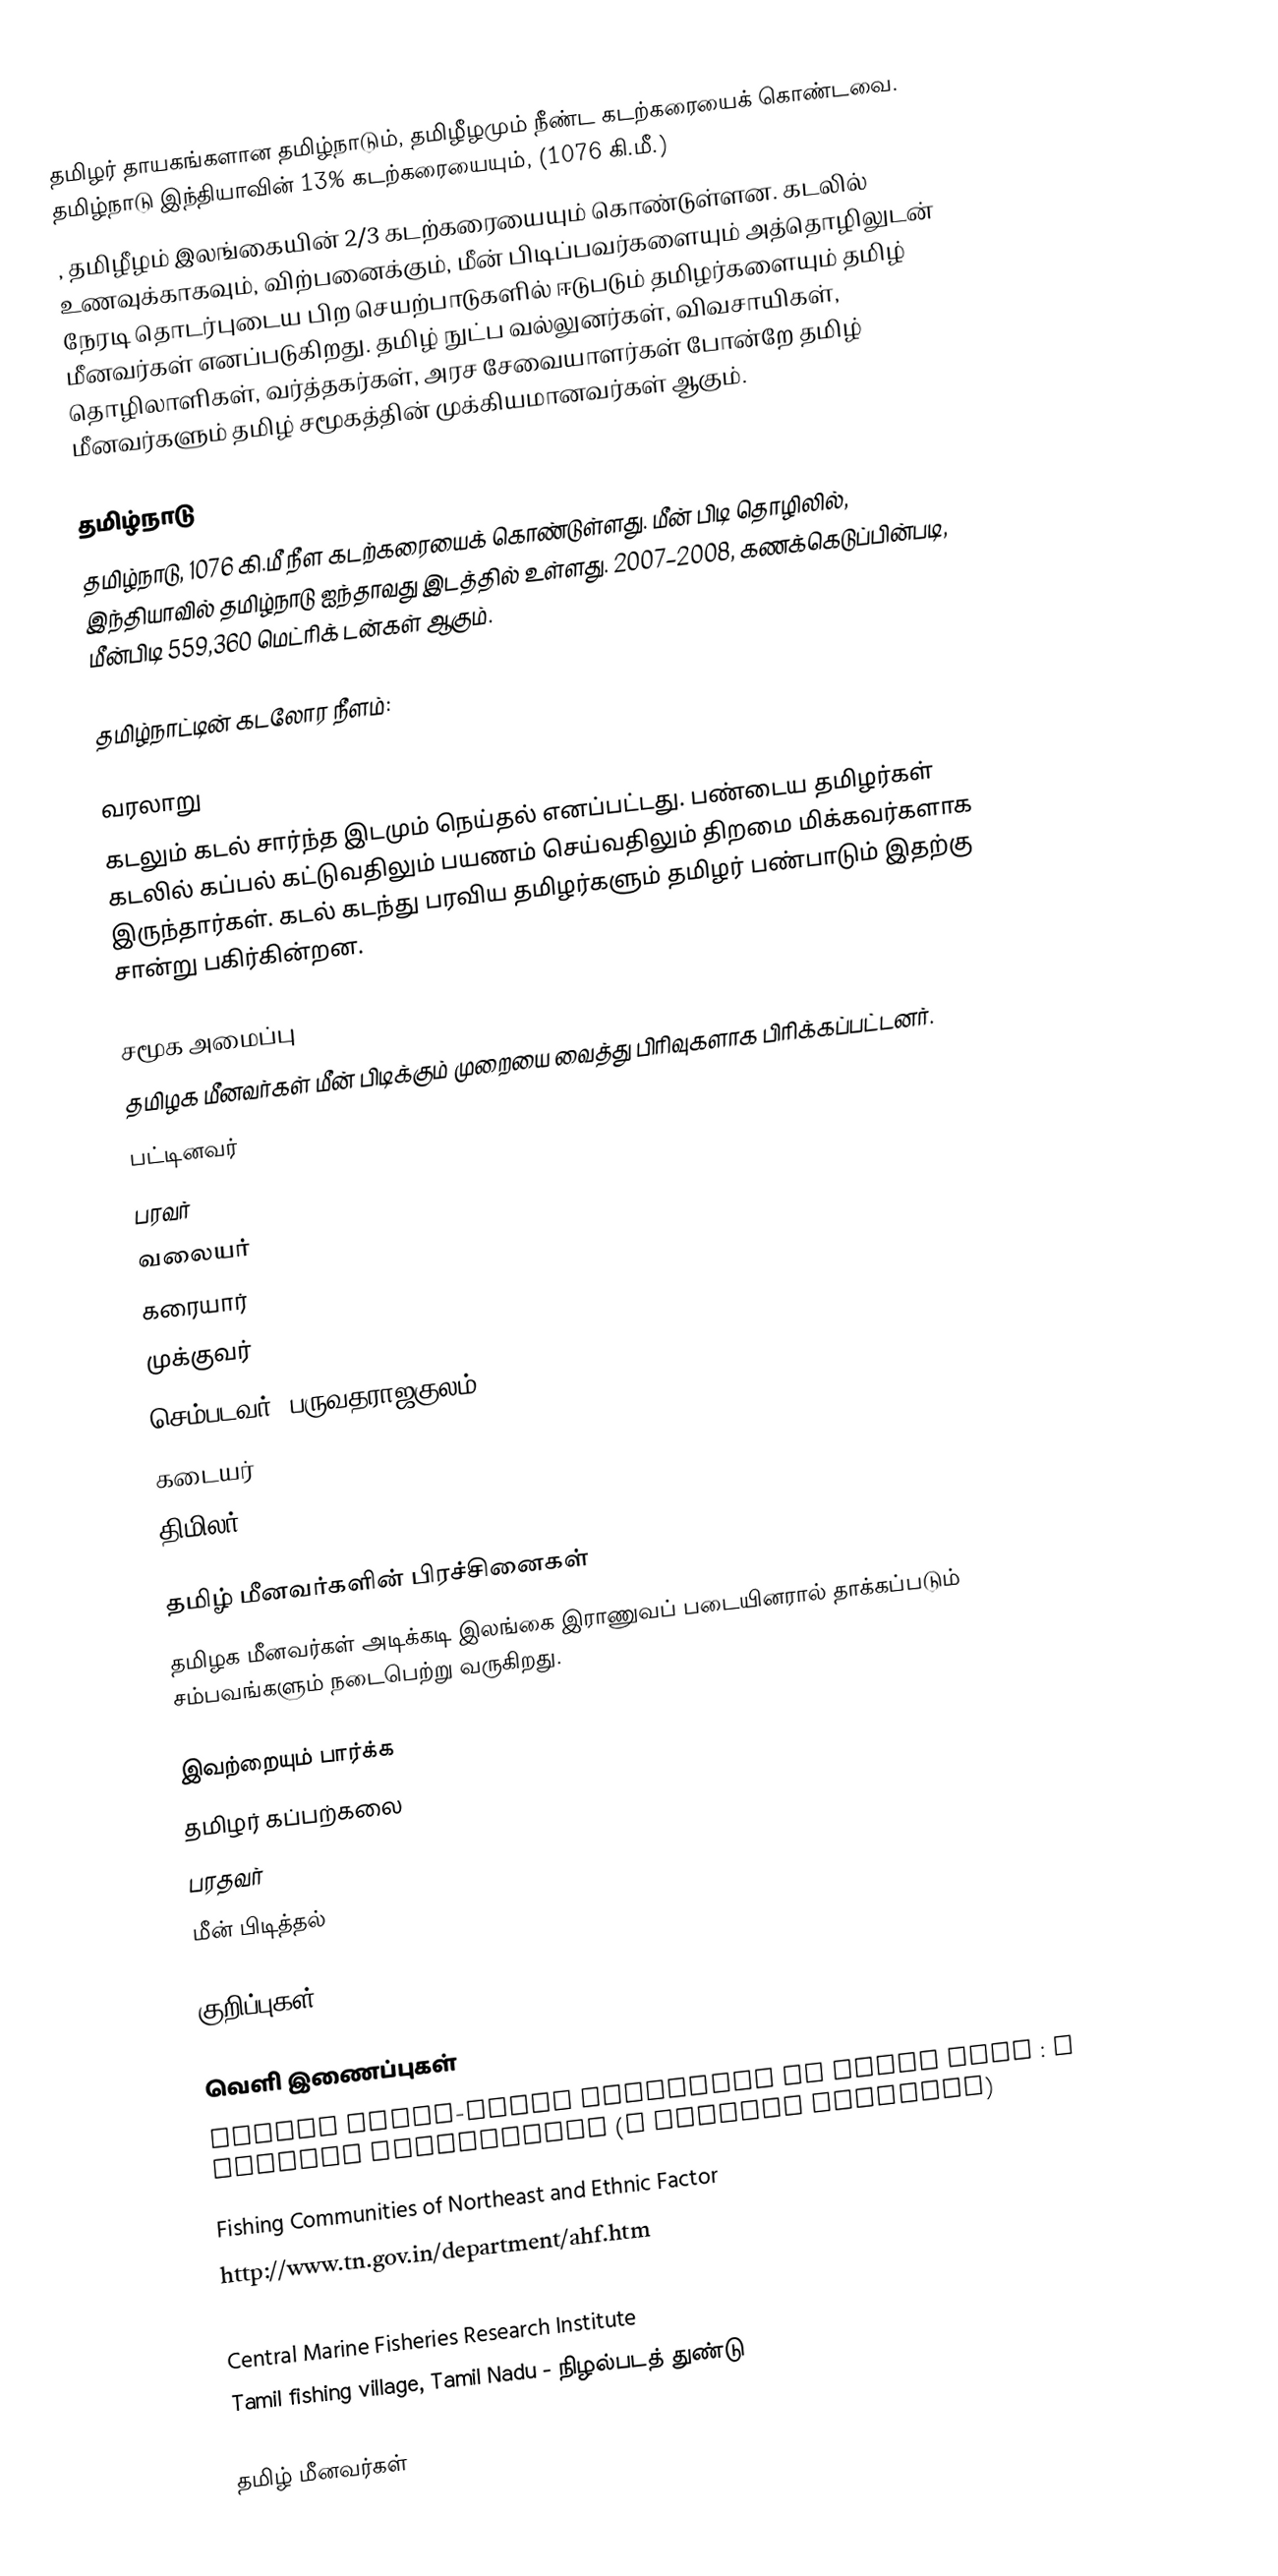
தமிழர் தாயகங்களான தமிழ்நாடும், தமிழீழமும் நீண்ட கடற்கரையைக் கொண்டவை. தமிழ்நாடு இந்தியாவின் 13% கடற்கரையையும், (1076 கி.மீ.)
, தமிழீழம் இலங்கையின் 2/3 கடற்கரையையும் கொண்டுள்ளன. கடலில் உணவுக்காகவும், விற்பனைக்கும், மீன் பிடிப்பவர்களையும் அத்தொழிலுடன் நேரடி தொடர்புடைய பிற செயற்பாடுகளில் ஈடுபடும் தமிழர்களையும் தமிழ் மீனவர்கள் எனப்படுகிறது. தமிழ் நுட்ப வல்லுனர்கள், விவசாயிகள், தொழிலாளிகள், வர்த்தகர்கள், அரச சேவையாளர்கள் போன்றே தமிழ் மீனவர்களும் தமிழ் சமூகத்தின் முக்கியமானவர்கள் ஆகும்.

தமிழ்நாடு
தமிழ்நாடு, 1076 கி.மீ நீள கடற்கரையைக் கொண்டுள்ளது. மீன் பிடி தொழிலில், இந்தியாவில் தமிழ்நாடு ஐந்தாவது இடத்தில் உள்ளது. 2007–2008, கணக்கெடுப்பின்படி, மீன்பிடி 559,360 மெட்ரிக் டன்கள் ஆகும்.

தமிழ்நாட்டின் கடலோர நீளம்:

வரலாறு
கடலும் கடல் சார்ந்த இடமும் நெய்தல் எனப்பட்டது.  பண்டைய தமிழர்கள் கடலில் கப்பல் கட்டுவதிலும் பயணம் செய்வதிலும் திறமை மிக்கவர்களாக இருந்தார்கள். கடல் கடந்து பரவிய தமிழர்களும் தமிழர் பண்பாடும் இதற்கு சான்று பகிர்கின்றன.

சமூக அமைப்பு
தமிழக மீனவர்கள் மீன் பிடிக்கும் முறையை வைத்து பிரிவுகளாக பிரிக்கப்பட்டனர்.
பட்டினவர்
பரவர்
வலையர்
கரையார்
முக்குவர்
செம்படவர்( பருவதராஜகுலம்)
கடையர்
திமிலர்

தமிழ் மீனவர்களின் பிரச்சினைகள்
தமிழக மீனவர்கள் அடிக்கடி இலங்கை இராணுவப் படையினரால் தாக்கப்படும் சம்பவங்களும் நடைபெற்று வருகிறது.

இவற்றையும் பார்க்க
 தமிழர் கப்பற்கலை
 பரதவர்
 மீன் பிடித்தல்

குறிப்புகள்

வெளி இணைப்புகள்
 Marine Small-Scale Fisheries of Tamil Nadu : A General Description (A Factual Document)
 Fishing Communities of Northeast and Ethnic Factor
 http://www.tn.gov.in/department/ahf.htm
 http://www.tn.gov.in/deptst/fisheries.htm
 Central Marine Fisheries Research Institute
 Tamil fishing village, Tamil Nadu - நிழல்படத் துண்டு

தமிழ் மீனவர்கள்